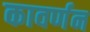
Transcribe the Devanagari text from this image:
कावर्णन